342_HS1-416511228_319.1 Flying Discs 1949
Agency: Department of War
Incident date: 1/9/50
Page 139
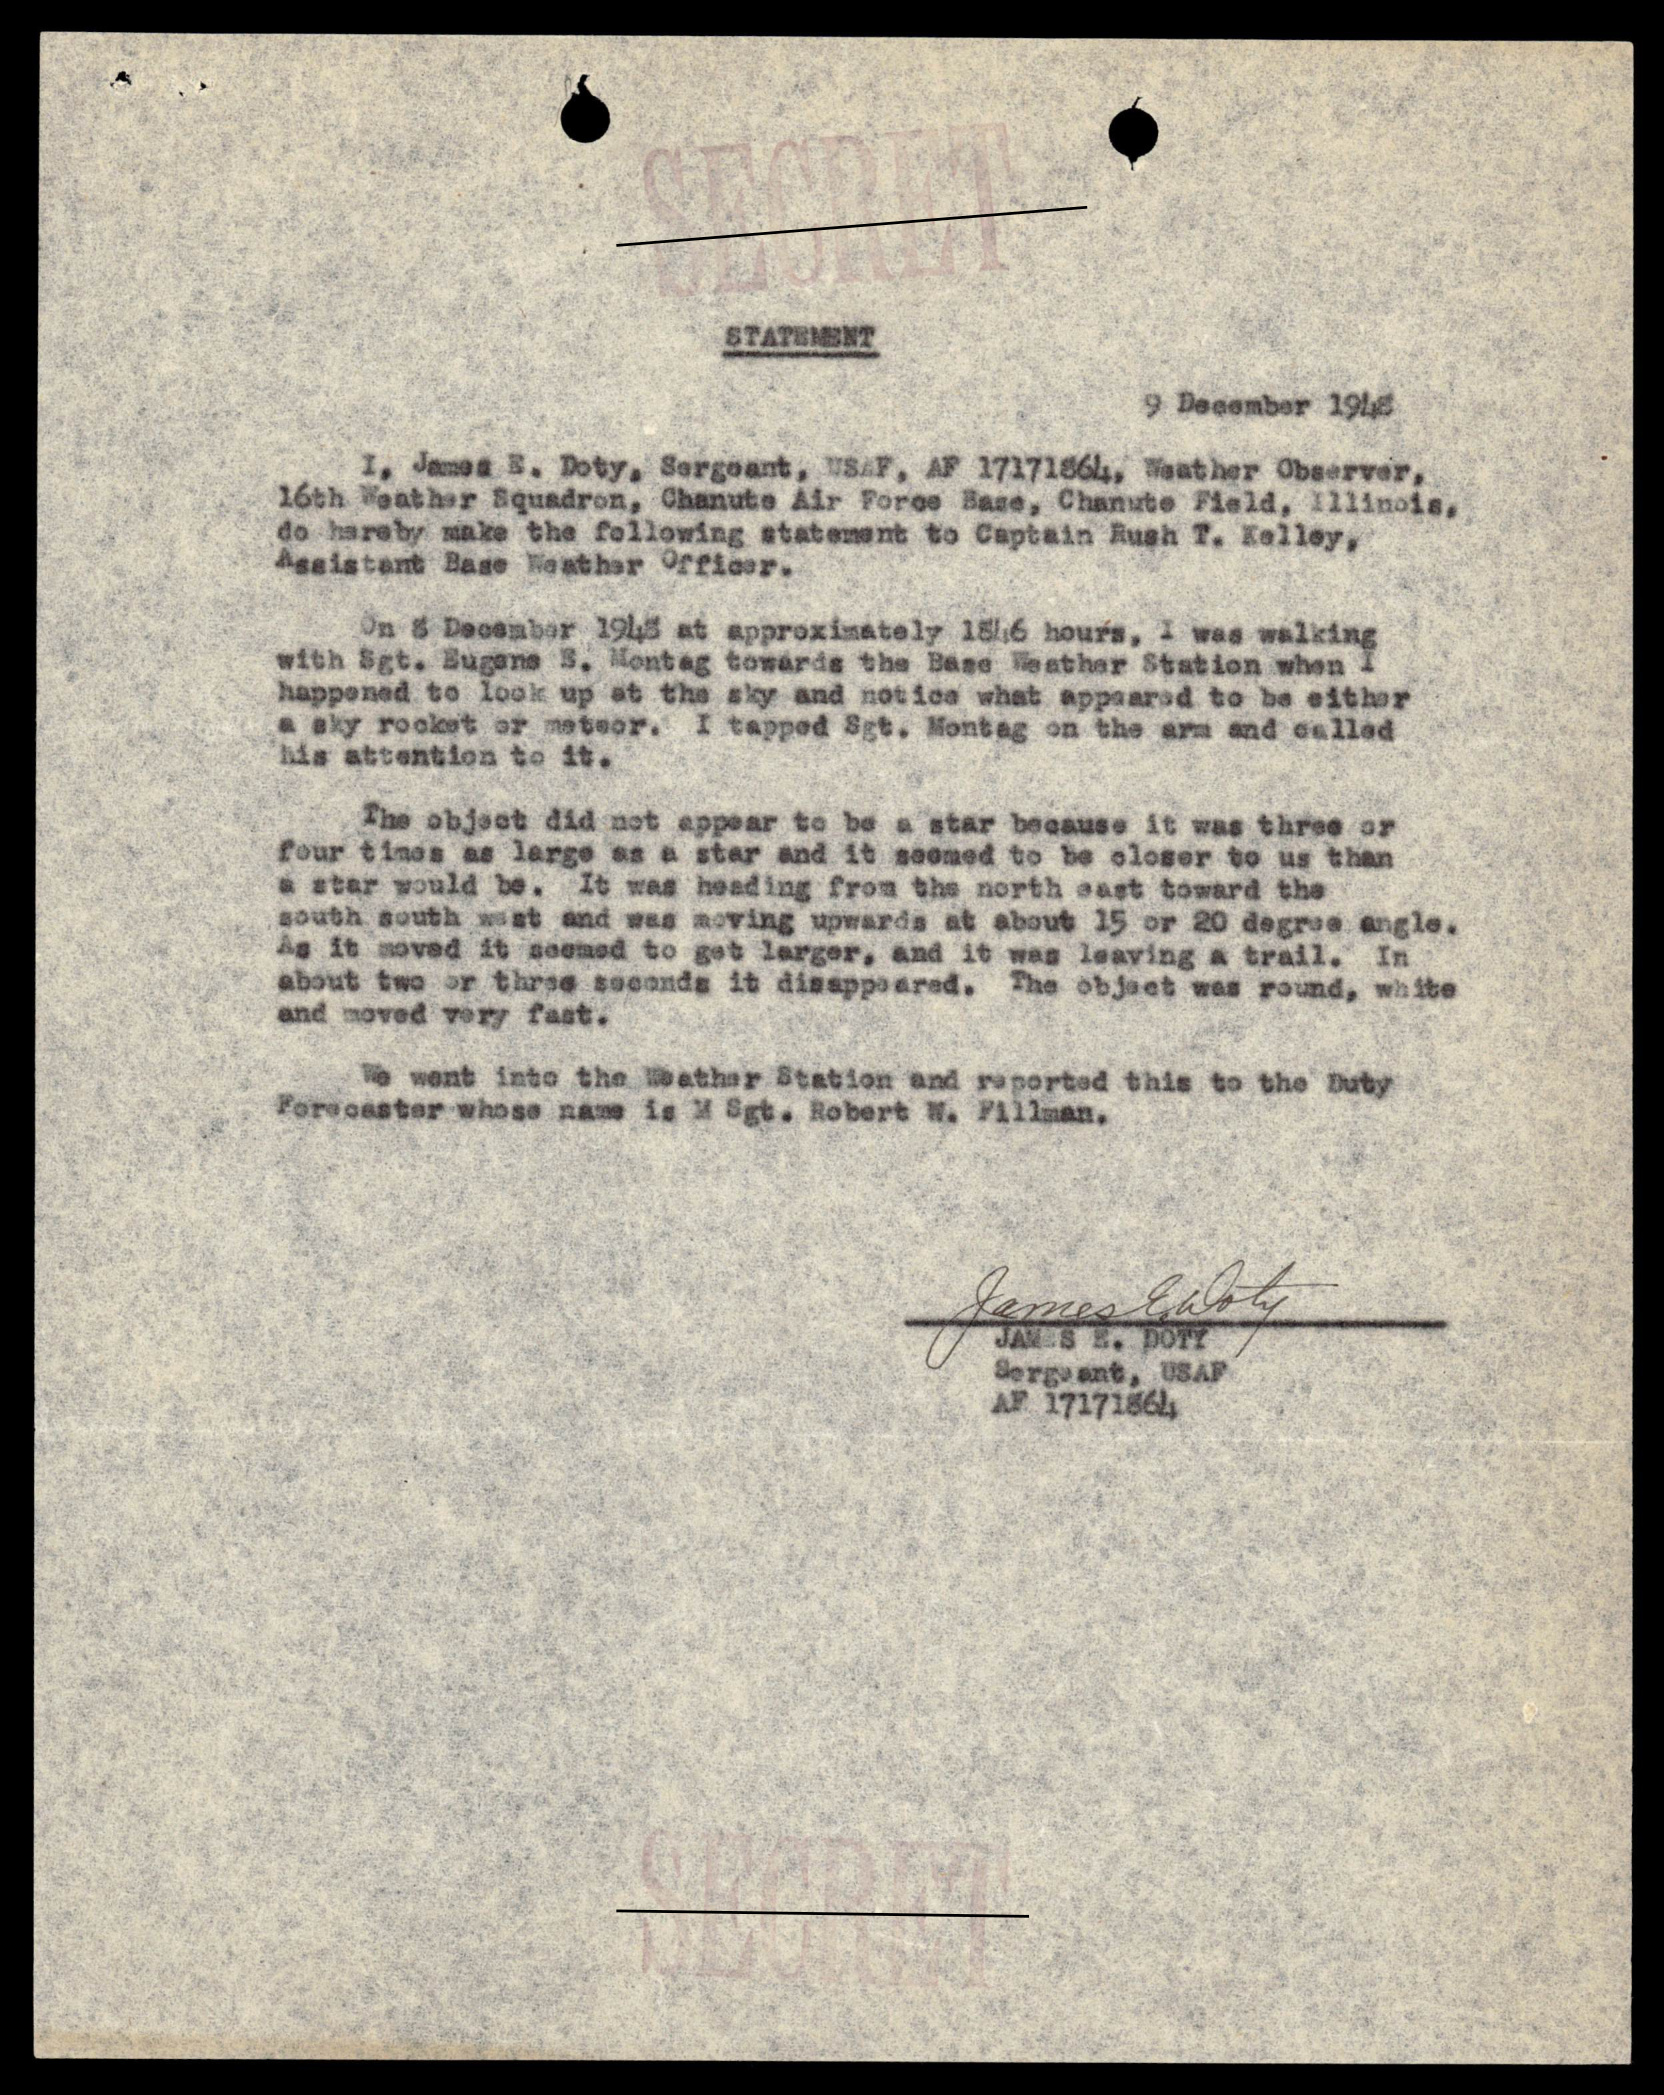